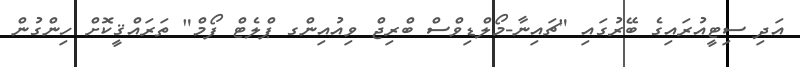
އަދި ސިޓީއުރައިގެ ބޭރުގައި "ޗައިނާ-މޯލްޑިވްސް ބްރިޖް ވިއުއިންގ ޕްލެޓް ފޯމް" ތަރައްޤީކޮށް ހިންގުން